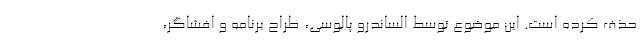
حذف کرده است. این موضوع توسط الساندرو پالوسی، طراح برنامه و افشاگر،